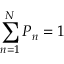
\sum _ { n = 1 } ^ { N } P _ { n } = 1